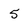
Character: 5